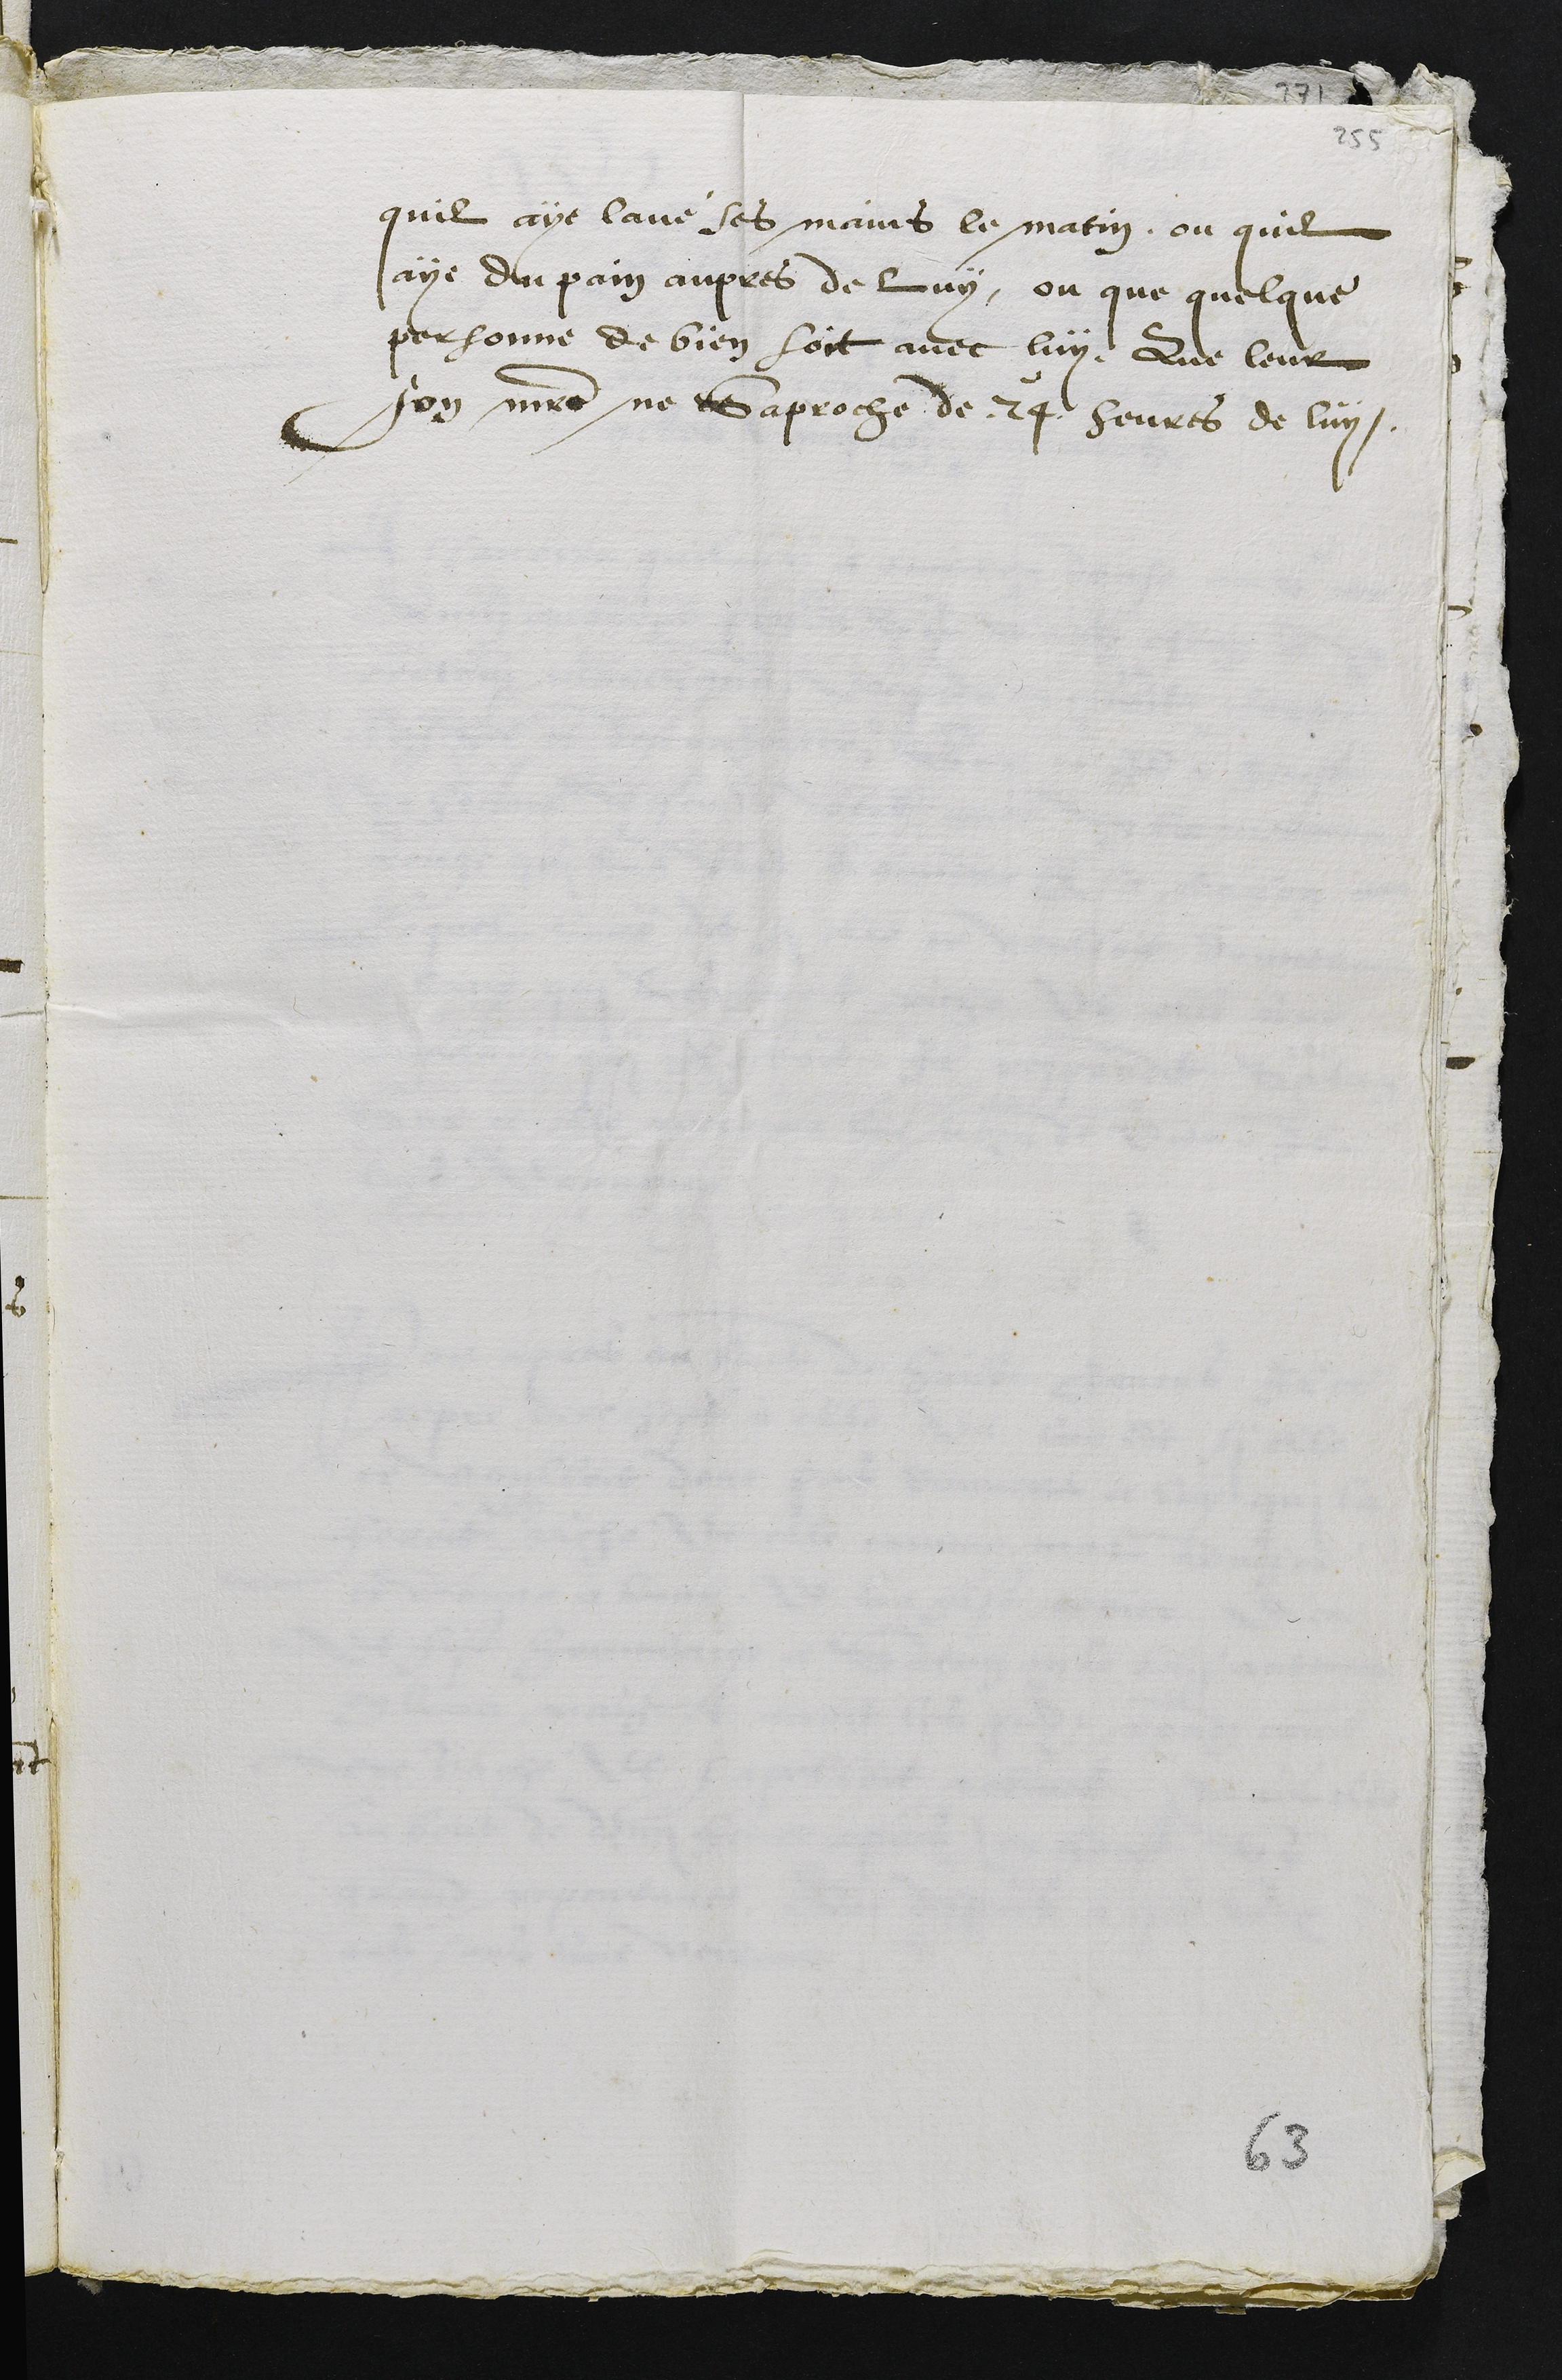
quil aye lavé ses mains le matin ou quil
aye du pain aupres de luy, ou que quelque
personne de bien soit avec luy, Que leur
son maitre ne Saproche de 24 heures de luy.

63